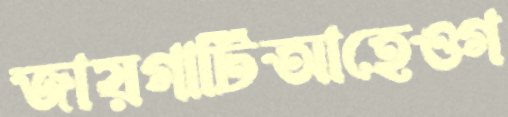
জায়গাটিআহেওগ